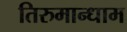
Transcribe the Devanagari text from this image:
तिरुमान्धाम